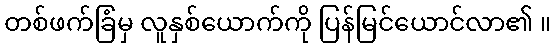
တစ်ဖက်ခြံမှ လူနှစ်ယောက်ကို ပြန်မြင်ယောင်လာ၏ ။